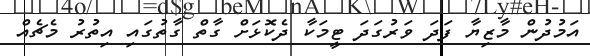
އަމުދުން މާޒިޔާ ފަދަ ވަރުގަދަ ޓީމަކާ ދެކޮޅަށް ގާތް ގާތުގައި އިތުރު މެޗެއް